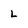
Character: L